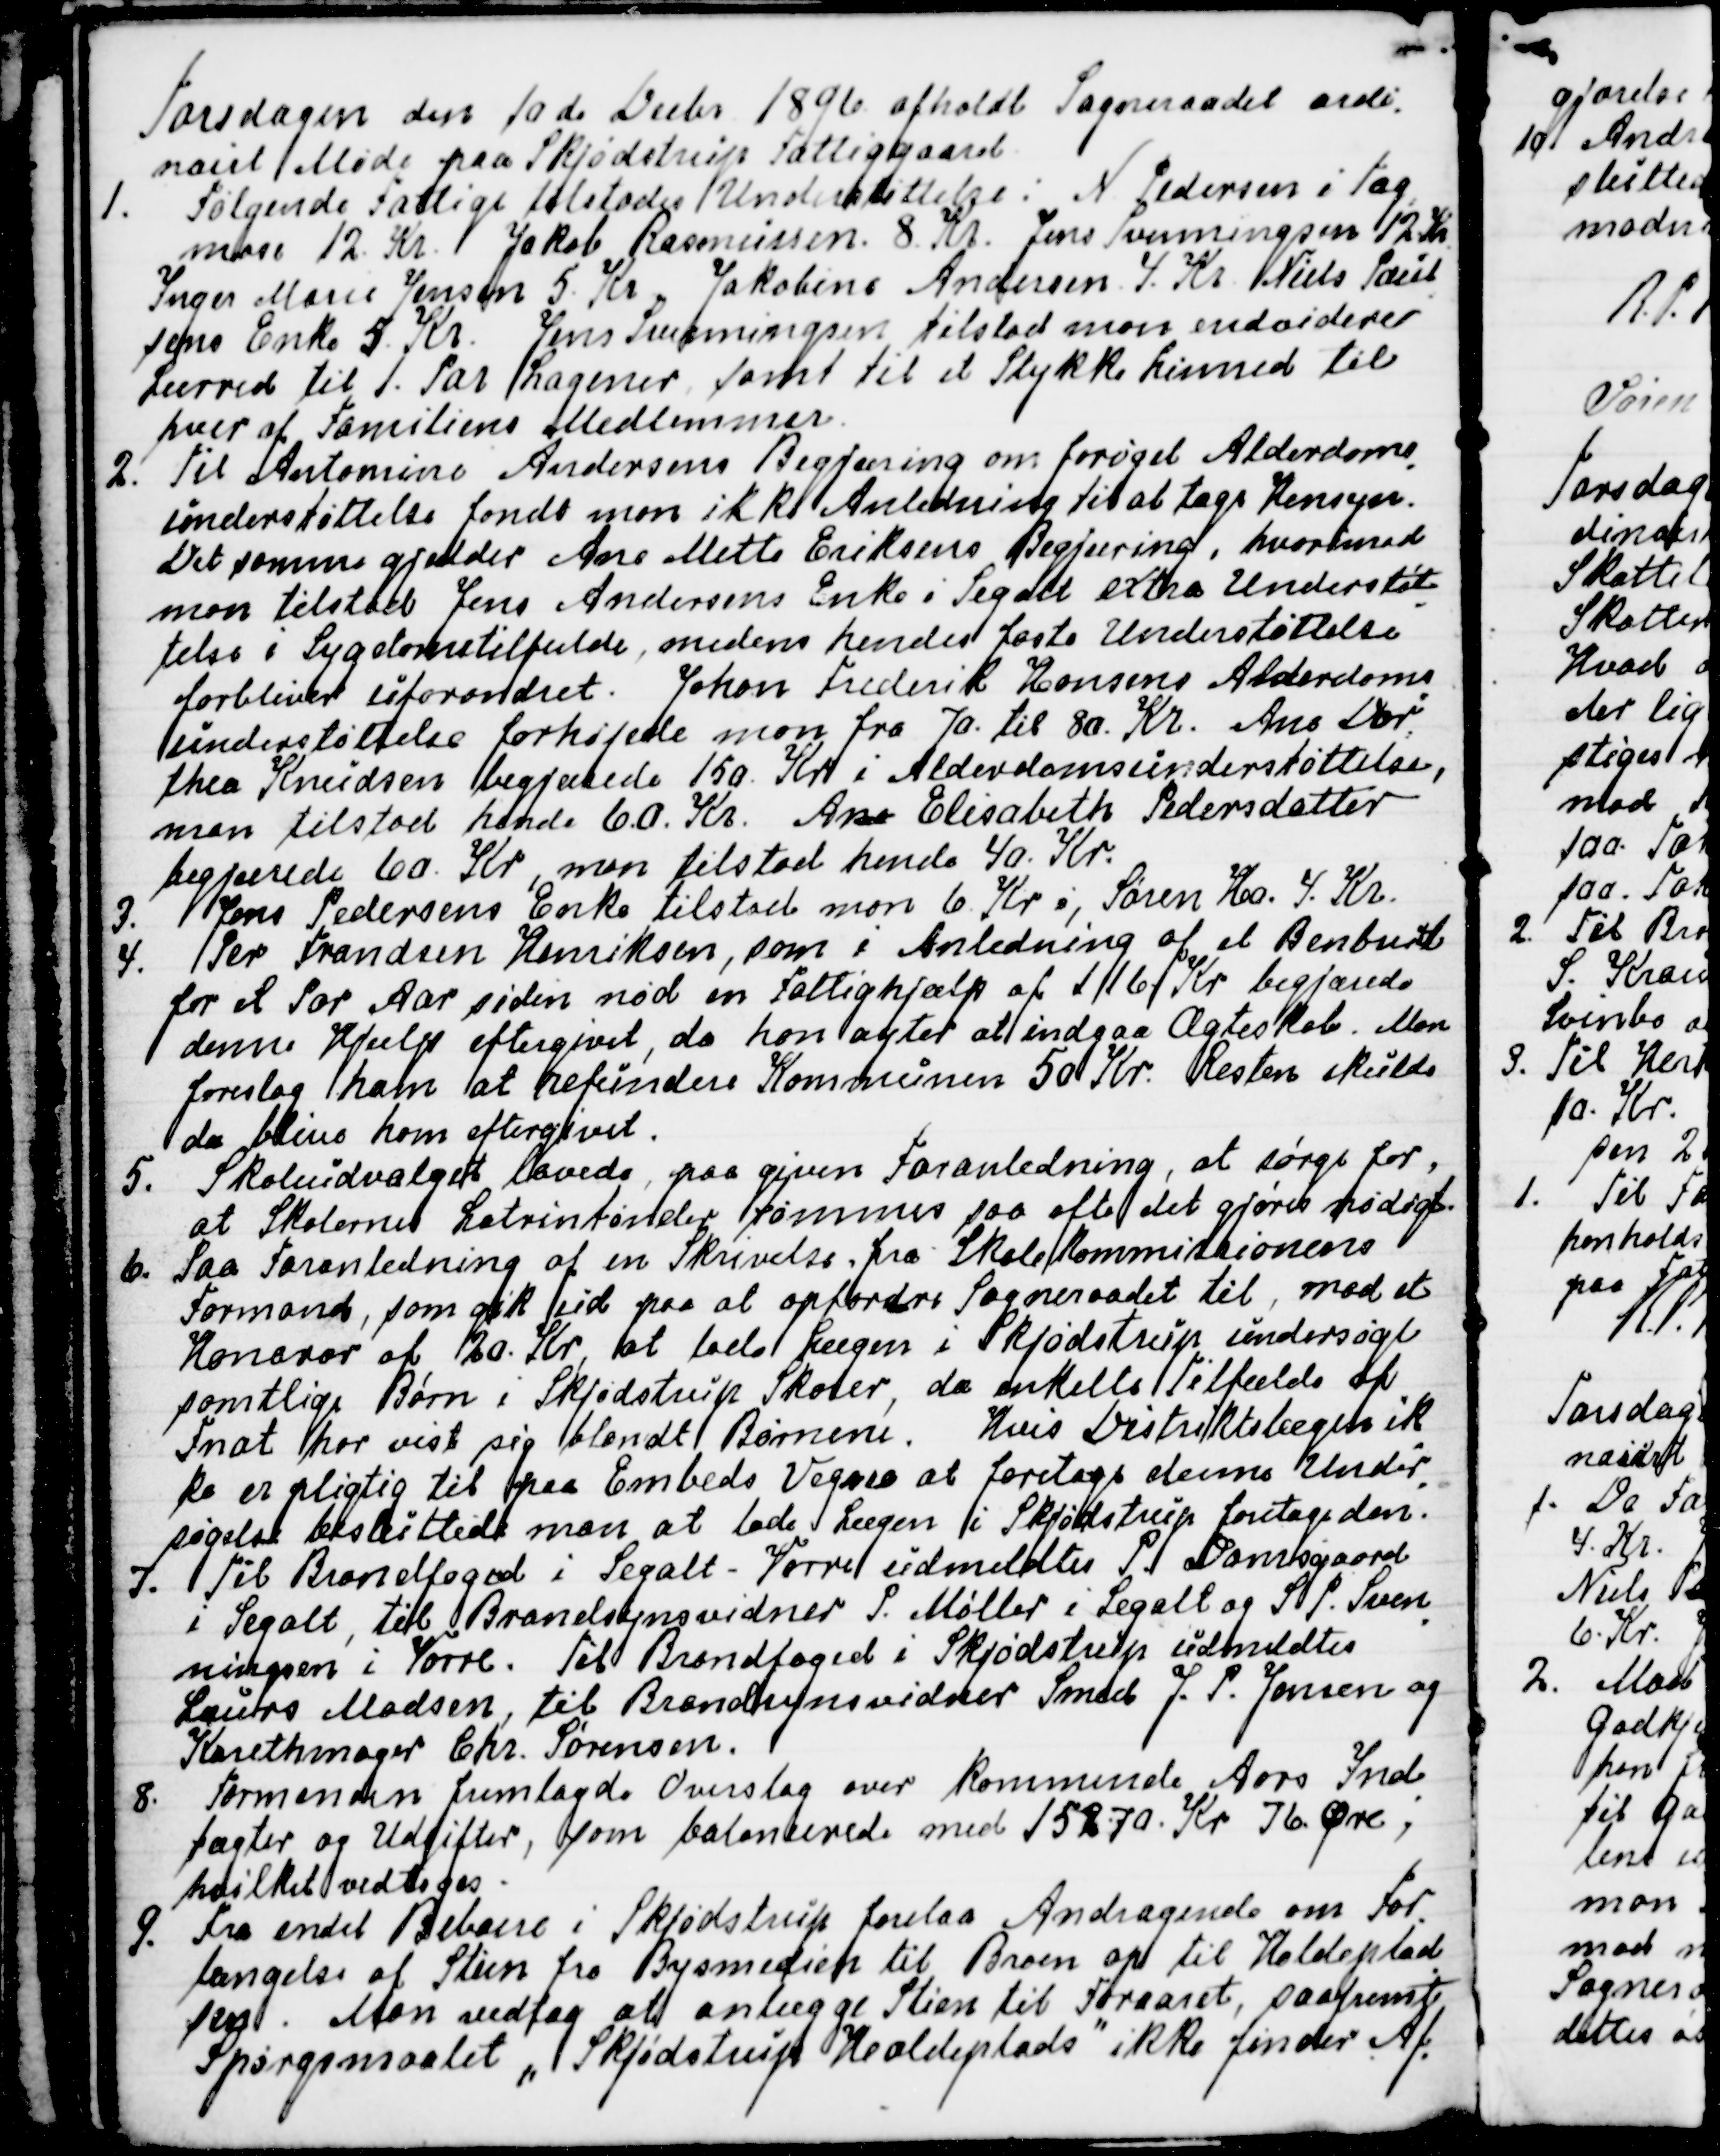
Transskription:
Torsdagen den 10de Decbr 1896 afholdt Sogneraadet ordi-
nairt Møde paa Skjødstrup Fattiggaard.
1. Følgende Fattige tilstodes Understøttelse: N. Pedersen i Tag
-
mose 12. Kr. Jakob Rasmussen. 8. Kr. Jens Svenningsen 12 Kr
Inger Marie Jensen 5. Kr. Jakobine Andersen 4. Kr. Niels Poul
-
sens Enke 5, Kr. Jens Svenningsen tilstod man endvidere
Lærred til 1. Par Lagener samt et Stykke Linned til
hver af Familiens Medlemmer.
2. Til Antomine Andersens Begjæring om forøget Alderdoms
-
understøttelse fandt man ikke Anledning til at tage Hensyn.
Det samme gjælder Ane Mette Eriksens Begjæring, hvorimod
man tilstod Jens Andersens Enke i Segalt extra Understøt
-
telse i Sygdomstilfælde, medens hendes faste Understøttelse
forbliver uforandret. Johan Frederik Hansens Alderdoms
-
understøttelse forhøjede man fra 70. til 80. Kr. Ane Dor
=
thea Knudsen begjærede 150. Kr i Alderdomsunderstøttelse,
man tilstod hende 6.0. Kr. Ane Elisabeth Pedersdatter
begjærede 60. Kr, man tilstod hende 40. Kr.
3. Jens Pedersens Enke tilstod man 6. Kr., Søren Ho 4. Kr.
4. Per Frandsen Henriksen, som i Anledning af et Benbrud
for et Par Aar siden nød en Fattighjælp af 116 Kr. begjærede
denne Hjælp eftergivet, da han agter at indgaa Ægteskab. Man
foreslog ham at refundere Kommunen 50 Kr. Resten skulde
da blive ham eftergivet.
5. Skoleudvalget lovede, paa given Foranledning, at sørge for,
at Skolernes Latriner tømmes saa ofte det gjøres nødigt.
6. Paa Foranledning af en Skrivelse fra Skolekommissionens
Formand, som gik ud paa at opfordre Sogneraadet til, mod et
Honorar af 20. Kr., at lade Lægen i Skjødstrup undersøge
samtlige Børn i Skjødstrup Skoler, da enkelte Tilfælde af
Fnat har vist sig blandt Børnene. Hvis Distriktslægen ik
-
ke er pligtig til paa Embeds Vegne at foretage denne Under
-
søgelse besluttede man lade Lægen i Skjødstrup foretage den.
7. Til Brandfoged i Segalt - Vorre udmeldtes P. Damsgaard
i Segalt, til Brandsynsvidner P. Møller i Segalt og S. P. Sven
-
ningsen i Vorre. Til Brandfoged i Skjødstrup udmeldtes
Laurs Madsen, til Brandsynsvidner Smed J. P. Jensen og
Karethmager Chr. Sørensen.
8. Formanden fremlagde Overslag over kommende Aars Ind
-
tægter og Udgifter, som balancerede med 15870. Kr. 76 Øre,
hvilket vedtoges.
9. Fra endel Beboere i Skjødstrup forelaa Andragende om For
-
længelse af Stien fra Bysmedien til Broen op til Holdeplad
-
sen. Man vedtog at anlægge Stien til Foraaret, saafremt
Spørgsmaalet "Skjødstrup Holdeplads" ikke finder Af
-